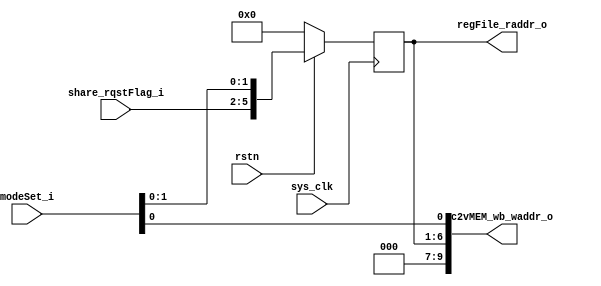
`timescale 1ns/1ps
/**
* Latest date: 12th Feb., 2023
* Developer: Bo-Yu Tseng
* Module name: memShare_centralScheduler
* 
* # I/F
* 1) Output:
*
* 2) Input:
*
* # Param
* 	1) SHARED_BANK_NUM: the number of shared column-bank memories/IB-LUTs
*	2) RQST_ADDR_BITWIDTH: the bit width of every requestor's column address
*	3) SHARED_GROUP_NUM: the number of shared groups to be handled by this scheduler
* # Description

* # Dependencies
* 	None
*
* # Remark
*	3 bits:
*		LUT: 
*		FF: 
*
*	4 bits:
*		LUT:
*		FF:
**/
module memShare_centralScheduler #(
  parameter SHARED_BANK_NUM = 4, //! the number of shared column-bank memories/IB-LUTs
  parameter RQST_ADDR_BITWIDTH = 2, //! bit width of every requestor's column address
  parameter TYPE0_ADDR_BITWIDTH = 6, //! page number: 64
  parameter MODE_BITWIDTH = 3, //! the bit width of "mode set signals",
  parameter C2V_MEM_ADDR_BITWIDTH = 10 //! bit width of write-back address (to C2V MEM)
) (
  output wire [TYPE0_ADDR_BITWIDTH-1:0] regFile_raddr_o, //! Read address -> memShare_refFile.regType0_raddr_i
  output wire [C2V_MEM_ADDR_BITWIDTH-1:0] c2vMEM_wb_waddr_o, //! write-back address to C2V MEM

  input wire [SHARED_BANK_NUM-1:0] share_rqstFlag_i, //! Request flags to shared group 2
  input wire [MODE_BITWIDTH-1:0] modeSet_i,
  input wire sys_clk,
  input wire rstn
);

//---------------------------------------------
// Empty box bypassing (although it is wrong connection)
// in order to avoid elimination/optimisation from Logic Synthesiser
reg [TYPE0_ADDR_BITWIDTH-1:0] raddr_reg; initial raddr_reg <= 0;
always @(posedge sys_clk) begin
  if(!rstn) raddr_reg <= 0;
  else raddr_reg <= {share_rqstFlag_i, modeSet_i[MODE_BITWIDTH-2:0]};
end
assign regFile_raddr_o = raddr_reg;
assign c2vMEM_wb_waddr_o = {raddr_reg, modeSet_i[0]};
//---------------------------------------------
endmodule